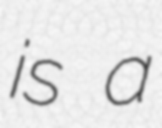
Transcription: is a